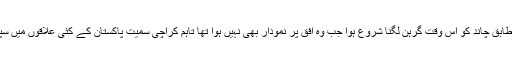
31 جنوری کو پاکستان کے معیاری وقت کے مطابق چاند کو اس وقت گرہن لگنا شروع ہوا جب وہ افق پر نمودار بھی نہیں ہوا تھا تاہم کراچی سمیت پاکستان کے کئی علاقوں میں سپربلیومون چاند گرہن سات بجے سے دکھائی دیا ۔